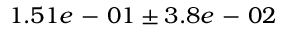
1 . 5 1 e \mathrm { ~ - ~ } 0 1 \pm 3 . 8 e \mathrm { ~ - ~ } 0 2